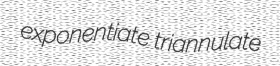
exponentiate triannulate